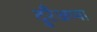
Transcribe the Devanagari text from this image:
दुरैअप्पा